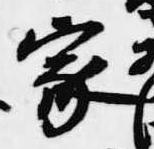
家